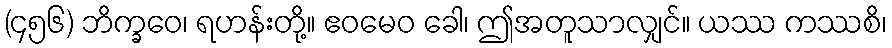
(၄၅၆) ဘိက္ခဝေ၊ ရဟန်းတို့။ ဧဝမေဝ ခေါ၊ ဤအတူသာလျှင်။ ယဿ ကဿစိ၊